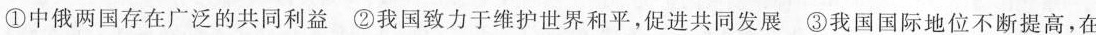
①中俄两国存在广泛的共同利益 ②我国致力于维护世界和平，促进共同发展 ③我国国际地位不断提高，